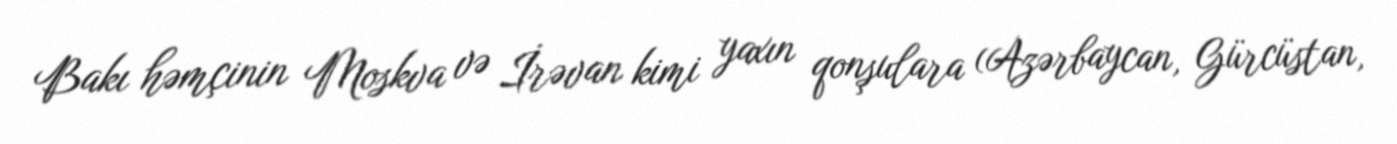
Bakı həmçinin Moskva və İrəvan kimi yaxın qonşulara (Azərbaycan, Gürcüstan,